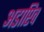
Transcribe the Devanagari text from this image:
अडाप्टिव